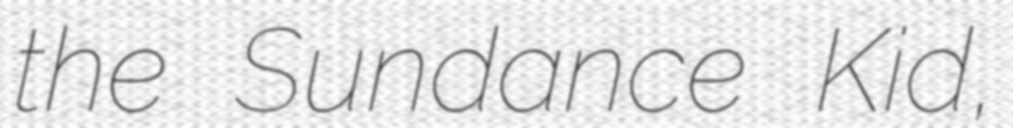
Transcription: the Sundance Kid,